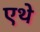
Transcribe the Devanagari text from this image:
एथे